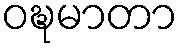
ဝဍ္ဎမာတာ